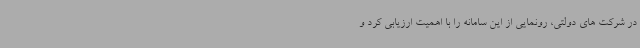
در شرکت های دولتی، رونمایی از این سامانه را با اهمیت ارزیابی کرد و